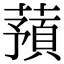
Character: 蕷